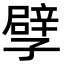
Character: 孹